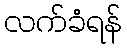
လက်ခံရန်